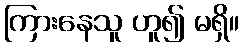
ကြားနေသူ ဟူ၍ မရှိ။